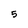
Character: 5